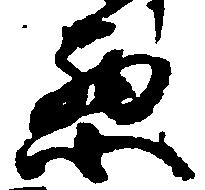
悪